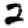
Digit: 2